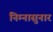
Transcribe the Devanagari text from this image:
निम्नासुनार